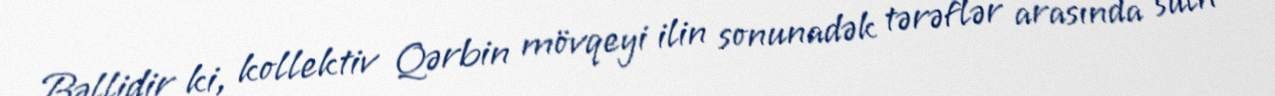
Bəllidir ki, kollektiv Qərbin mövqeyi ilin sonunadək tərəflər arasında sülh